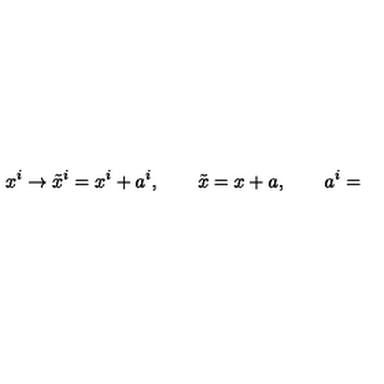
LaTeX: x ^ { i } \rightarrow \tilde { x } ^ { i } = x ^ { i } + a ^ { i } , \qquad \tilde { x } = x + a , \qquad a ^ { i } =